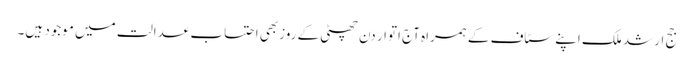
جج ارشد ملک اپنے سٹاف کے ہمراہ آج اتوار دن چھٹی کے روزبھی احتساب عدالت میں موجود ہیں۔